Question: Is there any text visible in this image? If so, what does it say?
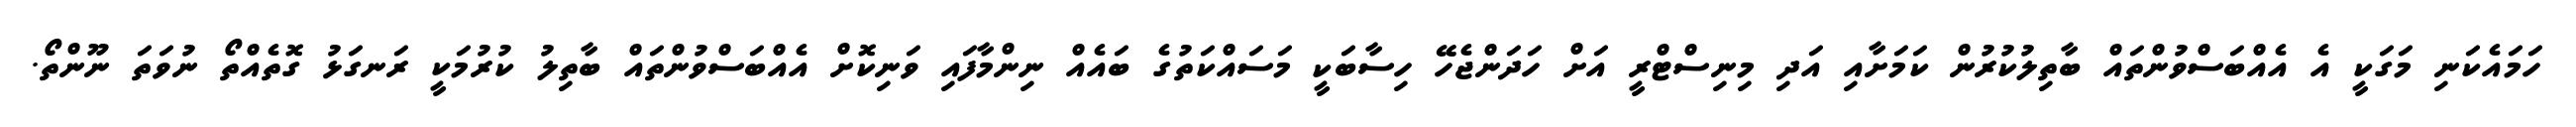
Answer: ހަމައެކަނި މަގަކީ އެ އެއްބަސްވުންތައް ބާތިލުކުރުން ކަމަށާއި އަދި މިނިސްޓްރީ އަށް ހަދަންޖެހޭ ހިސާބަކީ މަސައްކަތުގެ ބައެއް ނިންމާފައި ވަނިކޮށް އެއްބަސްވުންތައް ބާތިލު ކުރުމަކީ ރަނގަޅު ގޮތެއްތޯ ނުވަތަ ނޫންތޯ.